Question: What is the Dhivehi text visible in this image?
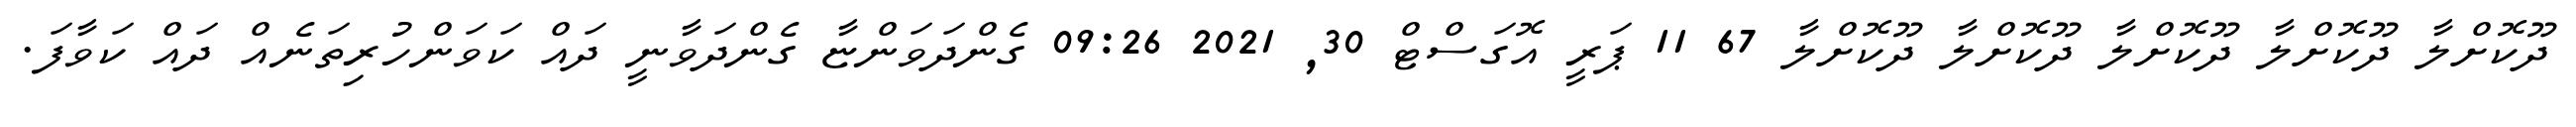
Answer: ދޫކޮށްލާ ދޫކޮށްލާ ދޫކޮށްލާ ދޫކޮށްލާ ދޫކޮށްލާ 67 11 ޕަރީ އޮގަސްޓް 30, 2021 09:26 ގެންދަވަންޏާ ގެންދަވާނީ ދައް ކަވަންހުރިތަނެއް ދައް ކަވާފަ.